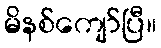
မိနစ်ကျော်ပြီ။